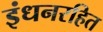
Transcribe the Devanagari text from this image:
इंधनरहित